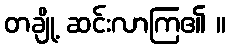
တချို့ ဆင်းလာကြ၏ ။